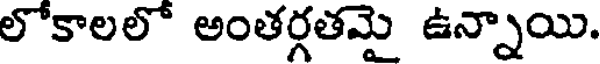
లోకాలలో అంతర్గతమై ఉన్నాయి.